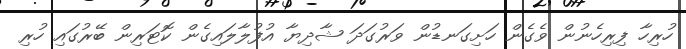
ހުރިހާ ފިރިހެނުން ވެގެން ހަށިގަނޑުން ވަރުގަދަ ޝާދިޔާ އުފުލާލައިގެން ކޮޓަރިން ބޭރުގައި ހުރި